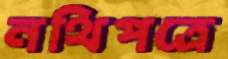
নথিপত্রে